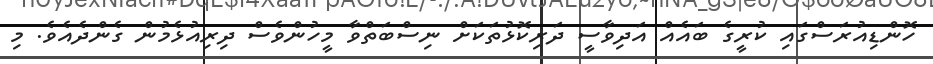
ހޮންޑިއުރަސްގައި ކުރީގެ ބައެއް އަދިވާސީ ދަރިކޮޅުތަކަށް ނިސްބަތްވާ މީހުންވެސް ދިރިއުޅެމުން ގެންދެއެވެ. މި